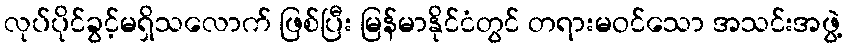
လုပ်ပိုင်ခွင့်မရှိသလောက် ဖြစ်ပြီး မြန်မာနိုင်ငံတွင် တရားမဝင်သော အသင်းအဖွဲ့